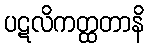
ပဋလိကတ္ထတာနိ